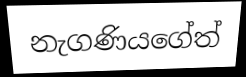
නැගණියගේත්